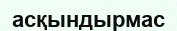
асқындырмас